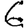
Digit: 6